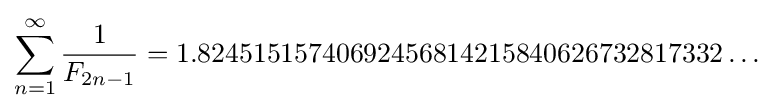
\sum _{n=1}^{\infty }{\frac {1}{F_{2n-1}}}=1.82451515740692456814215840626732817332\ldots